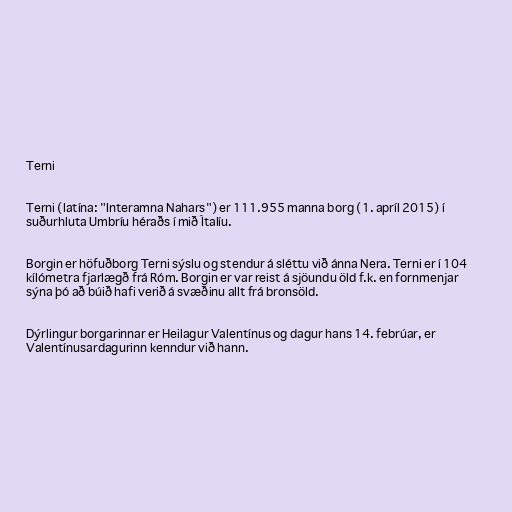
Terni

Terni (latína: "Interamna Nahars") er 111.955 manna borg (1. apríl 2015) í
suðurhluta Umbríu héraðs í mið Ítalíu.

Borgin er höfuðborg Terni sýslu og stendur á sléttu við ánna Nera. Terni er í 104
kílómetra fjarlægð frá Róm. Borgin er var reist á sjöundu öld f.k. en fornmenjar
sýna þó að búið hafi verið á svæðinu allt frá bronsöld.

Dýrlingur borgarinnar er Heilagur Valentínus og dagur hans 14. febrúar, er
Valentínusardagurinn kenndur við hann.